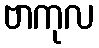
ဗာကုလ